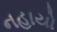
નહાયો